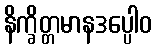
နိက္ခိတ္တမာနဒပ္ပေါဝ